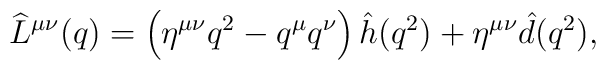
\widehat L^{\mu\nu}(q) =\left(\eta^{\mu\nu}q^2 - q^{\mu}q^{\nu}\right)\hat h(q^2) + \eta^{\mu\nu}\hat d(q^2),